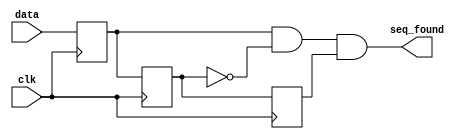
// Copyright 2003 Star Galaxy Publishing

module seq_det (clk, data, seq_found);
  input clk, data;

  output seq_found;

  reg first, second, third;

  always @(posedge clk) begin
    first <= data;
    second <= first;
    third <= second;
  end

  assign seq_found = first & (!second) & third;
endmodule